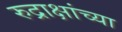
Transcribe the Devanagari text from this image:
रुद्राक्षांच्या